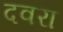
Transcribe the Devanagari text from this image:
दवरा